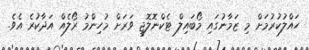
ހައްލުކުރުމަށް މި ޒަމާނުގައި މޯބައިލް ޓެކްނޮލޮޖީ ވަރަށް މުހިންމު ރޯލެއް އަދާކުރެ އެވެ.